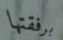
برفقتها